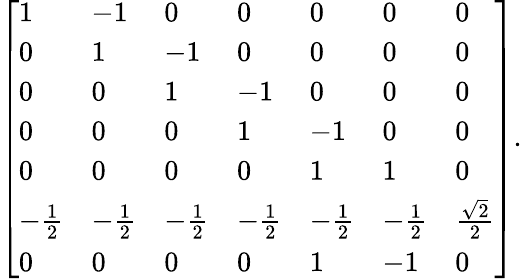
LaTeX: {\left[\begin{array}{lllllll}{1}&{-1}&{0}&{0}&{0}&{0}&{0}\\ {0}&{1}&{-1}&{0}&{0}&{0}&{0}\\ {0}&{0}&{1}&{-1}&{0}&{0}&{0}\\ {0}&{0}&{0}&{1}&{-1}&{0}&{0}\\ {0}&{0}&{0}&{0}&{1}&{1}&{0}\\ {-{\frac{1}{2}}}&{-{\frac{1}{2}}}&{-{\frac{1}{2}}}&{-{\frac{1}{2}}}&{-{\frac{1}{2}}}&{-{\frac{1}{2}}}&{{\frac{\sqrt{2}}{2}}}\\ {0}&{0}&{0}&{0}&{1}&{-1}&{0}\end{array}\right]}.